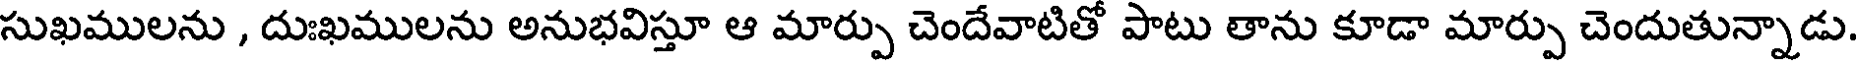
సుఖములను , దుఃఖములను అనుభవిస్తూ ఆ మార్పు చెందేవాటితో పాటు తాను కూడా మార్పు చెందుతున్నాడు.